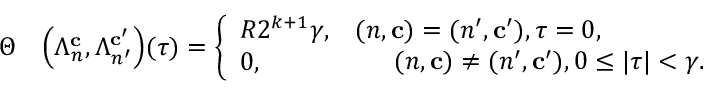
\begin{array} { r l } { \Theta } & { \Big ( \Lambda _ { n } ^ { \mathbf { c } } , \Lambda _ { n ^ { \prime } } ^ { \mathbf { c } ^ { \prime } } \Big ) ( \tau ) = \left\{ \begin{array} { l l } { R 2 ^ { k + 1 } \gamma , } & { ( n , \mathbf { c } ) = ( n ^ { \prime } , \mathbf { c } ^ { \prime } ) , \tau = 0 , } \\ { 0 , } & { \begin{array} { r l } & { ( n , \mathbf { c } ) \neq ( n ^ { \prime } , \mathbf { c } ^ { \prime } ) , 0 \leq | \tau | < \gamma . } \end{array} } \end{array} \right. } \end{array}